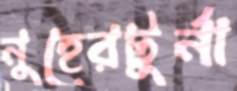
নুহেরটুর্না